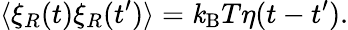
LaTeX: \langle\xi_{R}(t)\xi_{R}(t^{\prime})\rangle=\mathit{k}_{\mathrm{{B}}}T\eta(t-t^{\prime}).